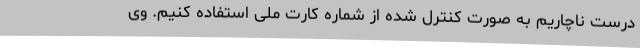
درست ناچاریم به صورت کنترل شده از شماره کارت ملی استفاده کنیم. وی